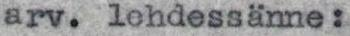
arv. lehdessänne: